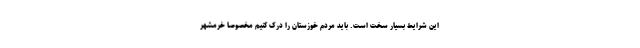
این شرایط بسیار سخت است. باید مردم خوزستان را درک کنیم مخصوصاً خرمشهر